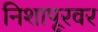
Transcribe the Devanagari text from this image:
निशापूरवर